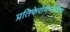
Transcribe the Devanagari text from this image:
प्रतिफेरोमैग्नेटिक